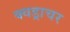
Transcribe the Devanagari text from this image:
क्वड्राचर